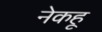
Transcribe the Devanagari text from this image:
नेकहू